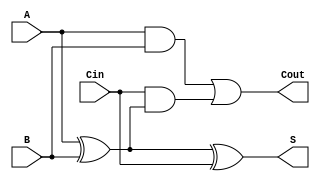
module FullAdder (
    input A,        // Input A
    input B,        // Input B
    input Cin,      // Carry-in
    output S,       // Sum output
    output Cout     // Carry-out
);
    assign S = A ^ B ^ Cin;                // Sum output
    assign Cout = (A & B) | (Cin & (A ^ B)); // Carry output
endmodule